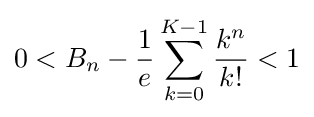
0<B_{n}-{\frac {1}{e}}\sum _{k=0}^{K-1}{\frac {k^{n}}{k!}}<1